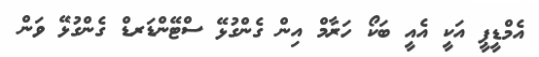
އެމްޑީޕީ އަކީ އެއީ ބަކޯ ހަރާމް އިން ގެންގުޅޭ ސްޓޭންޑަރޑް ގެންގުޅޭ ވަން